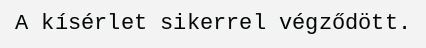
A kísérlet sikerrel végződött.